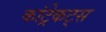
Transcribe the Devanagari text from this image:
कांट्रेकट्स